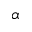
\alpha